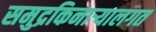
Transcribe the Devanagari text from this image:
समुद्रकिनार्‍यालगत